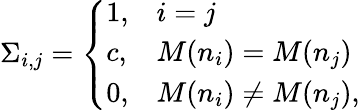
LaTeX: \Sigma_{i,j}=\left\{ \begin{array}{ll}{1,}&{i=j}\\ {c,}&{M(n_{i})=M(n_{j})}\\ {0,}&{M(n_{i})\neq M(n_{j}),}\end{array}\right.